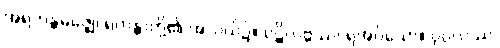
အရဟန္တမဇ္ဈေ၊ ရဟန္တာတို့၏ အလယ်၌။ ပဋိလဗ္ဘဿ၊ ရအပ်သော။ ပုဂ္ဂလဿ၊